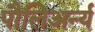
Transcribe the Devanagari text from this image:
पौलिअर्न्य